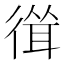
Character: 𢕈